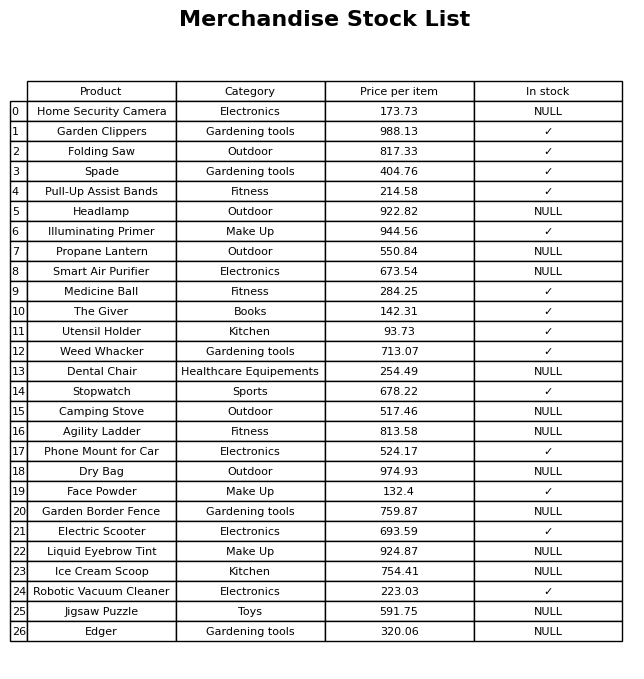
question: Which products are currently out of stock?
answer: Home Security Camera, Headlamp, Propane Lantern, Smart Air Purifier, Dental Chair, Camping Stove, Agility Ladder, Dry Bag, Garden Border Fence, Liquid Eyebrow Tint, Ice Cream Scoop, Jigsaw Puzzle, Edger